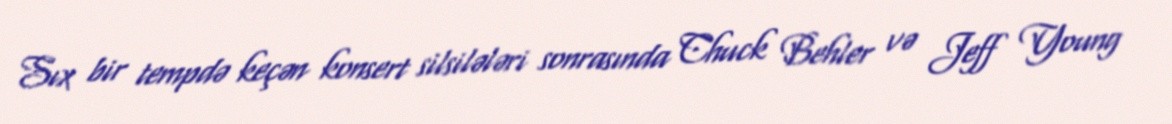
Sıx bir tempdə keçən konsert silsilələri sonrasında Chuck Behler və Jeff Young